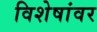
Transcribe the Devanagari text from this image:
विशेषांवर